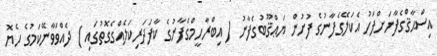
އިސްޙާޤްގެފާނަށްފަހު އެކަލޭގެފާނުގެ ފުށުން ޔަޢްޤޫބުގެފާނު ( އިބްރާހީމްގެފާނުގެ ކާފަދަރިކަލެއްގެގޮތުގައި ) ދެއްވަވާނޭކަމުގެ ހެޔޮ